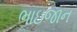
ભાઇજાન